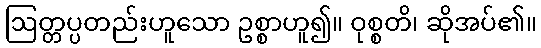
ဩတ္တပ္ပတည်းဟူသော ဥစ္စာဟူ၍။ ဝုစ္စတိ၊ ဆိုအပ်၏။